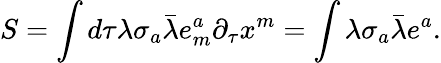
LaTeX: S=\int d\tau\lambda\sigma_{a}\bar{\lambda}e_{m}^{a}\partial_{\tau}x^{m}=\int\lambda\sigma_{a}\bar{\lambda}e^{a}.